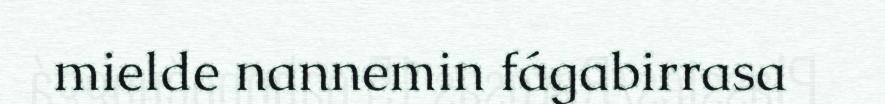
mielde nannemin fágabirrasa